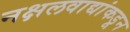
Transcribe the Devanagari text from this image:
नक्षलवाद्यांकडून